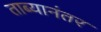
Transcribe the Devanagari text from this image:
ताब्यानंतर